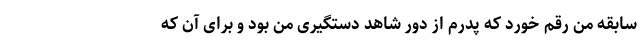
سابقه من رقم خورد که پدرم از دور شاهد دستگیری من بود و برای آن که